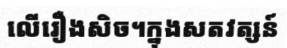
លើរឿងសិច។ក្នុងសតវត្សន៍